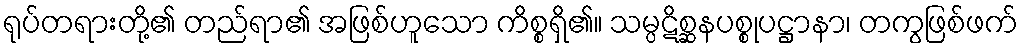
ရုပ်တရားတို့၏ တည်ရာ၏ အဖြစ်ဟူသော ကိစ္စရှိ၏။ သမ္ပဋိစ္ဆနပစ္စုပဋ္ဌာနာ၊ တကွဖြစ်ဖက်